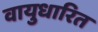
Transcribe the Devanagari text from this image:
वायुधारित